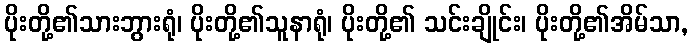
ပိုးတို့၏သားဘွားရုံ၊ ပိုးတို့၏သူနာရုံ၊ ပိုးတို့၏ သင်းချိုင်း၊ ပိုးတို့၏အိမ်သာ,